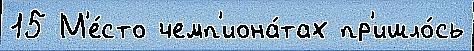
15 М'е́сто чемп'иона́тах пр'ишло́сь